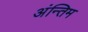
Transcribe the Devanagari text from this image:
अंन्‍तिम